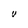
Character: U